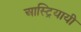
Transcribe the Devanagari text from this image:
आस्ट्रियायी